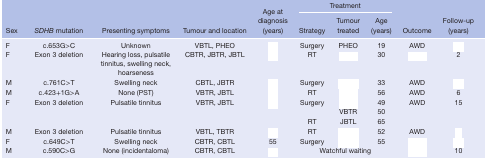
<table><thead><tr><td>[EMPTY_CELL]</td><td>[EMPTY_CELL]</td><td>[EMPTY_CELL]</td><td>[EMPTY_CELL]</td><td>[EMPTY_CELL]</td><td colspan="3"><b>Treatment</b></td><td>[EMPTY_CELL]</td><td>[EMPTY_CELL]</td></tr><tr><td><b>Sex</b></td><td><b><i>SDHB</i> mutation</b></td><td><b>Presenting symptoms</b></td><td><b>Tumour and location</b></td><td><b>Age at diagnosis (years)</b></td><td><b>Strategy</b></td><td><b>Tumour treated</b></td><td><b>Age (years)</b></td><td><b>Outcome</b></td><td><b>Follow‐up (years)</b></td></tr></thead><tbody><tr><td>F</td><td>c.653G&gt;C</td><td>Unknown</td><td>VBTL, PHEO</td><td>[EMPTY_CELL]</td><td>Surgery</td><td>PHEO</td><td>19</td><td>AWD</td><td>[EMPTY_CELL]</td></tr><tr><td>F</td><td>Exon 3 deletion</td><td>Hearing loss, pulsatile tinnitus, swelling neck, hoarseness</td><td>CBTR, JBTR, JBTL</td><td>[EMPTY_CELL]</td><td>RT</td><td>[EMPTY_CELL]</td><td>30</td><td>[EMPTY_CELL]</td><td>2</td></tr><tr><td>M</td><td>c.761C&gt;T</td><td>Swelling neck</td><td>CBTL, JBTR</td><td>[EMPTY_CELL]</td><td>Surgery</td><td>[EMPTY_CELL]</td><td>33</td><td>AWD</td><td>[EMPTY_CELL]</td></tr><tr><td>M</td><td>c.423+1G&gt;A</td><td>None (PST)</td><td>VBTR, JBTL</td><td>[EMPTY_CELL]</td><td>RT</td><td>[EMPTY_CELL]</td><td>56</td><td>AWD</td><td>6</td></tr><tr><td rowspan="3">F</td><td rowspan="3">Exon 3 deletion</td><td rowspan="3">Pulsatile tinnitus</td><td rowspan="3">VBTR, JBTL</td><td rowspan="3">[EMPTY_CELL]</td><td rowspan="2">Surgery</td><td>[EMPTY_CELL]</td><td>49</td><td rowspan="3">AWD</td><td rowspan="3">15</td></tr><tr><td>VBTR</td><td>50</td></tr><tr><td>RT</td><td>JBTL</td><td>65</td></tr><tr><td>M</td><td>Exon 3 deletion</td><td>Pulsatile tinnitus</td><td>VBTL, TBTR</td><td>[EMPTY_CELL]</td><td>RT</td><td>[EMPTY_CELL]</td><td>52</td><td>AWD</td><td>[EMPTY_CELL]</td></tr><tr><td>F</td><td>c.649C&gt;T</td><td>Swelling neck</td><td>CBTR, CBTL</td><td>55</td><td>Surgery</td><td>[EMPTY_CELL]</td><td>55</td><td>[EMPTY_CELL]</td><td>[EMPTY_CELL]</td></tr><tr><td>M</td><td>c.590C&gt;G</td><td>None (incidentaloma)</td><td>CBTR, CBTL</td><td>[EMPTY_CELL]</td><td colspan="3">Watchful waiting</td><td>[EMPTY_CELL]</td><td>10</td></tr></tbody></table>